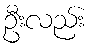
ဦးလည်း